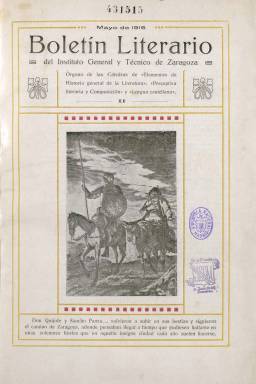
Título: Boletín literario del Instituto General y Técnico de Zaragoza
Colección: Literatura
Ámbito geográfico: Zaragoza
Lugar de publicación: Zaragoza
Fechas: 01/05/1916-31/05/1916

Publicación anual, editada desde 1915 a 1918, y estampada en la Imprenta del Hospicio Provincial, como “órgano de las cátedras de Elementos de Historia General de la Literatura, Preceptiva Literaria y Composición y Lengua Castellana, del antiguo instituto de enseñanza media fundado en Zaragoza en 1845, y adscrito a su Universidad, que, desde 1901, adoptó el nombre de Instituto General y Técnico de Zaragoza, y actualmente es el IES Goya de la capital aragonesa. La Biblioteca Nacional de España cuenta en su colección con el segundo número de este anuario, de mayo de 1916, al que dedica la mitad de sus páginas a conmemorar el III centenario de la muerte de Cervantes y de Shakespeare por parte de las cátedras literarias del citado instituto. Su cubierta está ocupada por un grabado de don Quijote y Sancho y una leyenda referida a su viaje a Zaragoza. En interior incluye un autógrafo y grabado de Cervantes, de Juan de Jáuregui.

El boletín estaba concebido como “un ejercicio de práctica periodística” de los estudiantes del instituto, entre los que se distribuía gratuitamente, y estaba dirigido por su catedrático de Literatura, apareciendo las relaciones nominales de los alumnos de las cátedras de Lengua Castellana e Historia de la Literatura del curso 1915-1916.

Esta entrega de 1916 es de 36 páginas, incluyendo las cuatro de la cubierta y el sumario, y comienza con un artículo de presentación del entonces director del instituto, Román Pedro Marcolaín San Juan. El alumno Miguel Allué Salvador escribe un artículo sobre las relaciones literarias entre Cervantes y Shakespeare; Jaime Valls Canales firma una crónica sobre la fiesta celebrada el quince de abril en honor a los dos autores; Juan José Sisamón Zubiliaga analiza al escritor español como poeta dramático; Vicente Latorre Barra inserta un poema dedicado al mismo, y Francisco Palazón Delatre escribe sobre Shakespeare y su teatro.

Además, este boletín anual incluye una semblanza (acompañada de un retrato) de la obra poética del que había sido director del instituto, recientemente fallecido: Manuel Díaz de Arcaya (1841-1916), y otra sobre el periodista y académico aragonés Mariano de Cavia (1855-1920); así como unas crónicas sobre la fiesta de todos los estudiantes zaragozanos, celebrada el siete de marzo, y sobre la visita al instituto del rector de la Universidad Católica de París, entre otras.